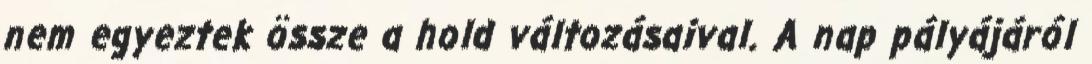
nem egyeztek össze a hold változásaival. A nap pályájáról